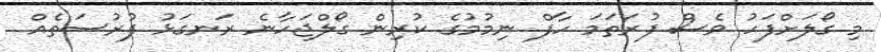
މި ގޯލަށްފަހު ވެސް ފުރަތަމަ ހާފް ނިމުމުގެ ކުރިން ގޯލްޖަހާނެ ރަނގަޅު ފުރުސަތެއް